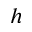
h